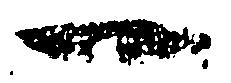
一